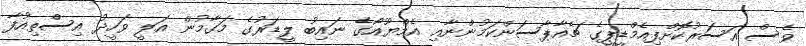
ވެސް އަސަރުކޮށްފިއެމްޑީޕީގެ ޗެއާޕާސަންކަމުންނާއި އެމްޔޫއޯގެ ނައިބު ލީޑަރުގެ މަގާމުން އަލީ ވަހީދު އިސްތިއުފާ